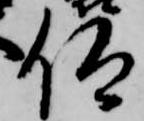
仰